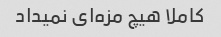
کاملا هیچ مزه‌ای نمیداد